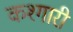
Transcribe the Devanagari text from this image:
कश्गारी